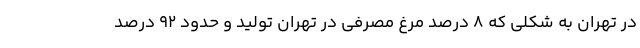
در تهران به شکلی که ۸ درصد مرغ مصرفی در تهران تولید و حدود ۹۲ درصد